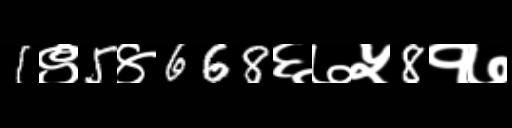
Text: 1९5४668६७५8१७